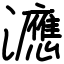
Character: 㶐